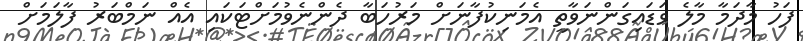
ފަހު މާދަމާ މާލެ ވަޑައިގަންނަވާތީ އެމަނިކުފާނަށް މަރުހަބާ ދެންނެވުމަށްޓަކައި އެއް ނަމްބަރު ފާލަމަށް